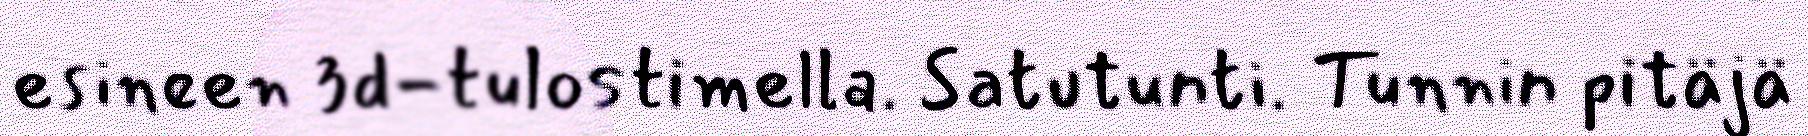
esineen 3d-tulostimella. Satutunti. Tunnin pitäjä